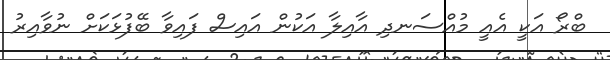
ބްރޯ އަކީ އެއީ މުއްސަނދި އާއިލާ އަކުން އައިސް ފައިވާ ބޭފުޅަކަށް ނުވާއިރު